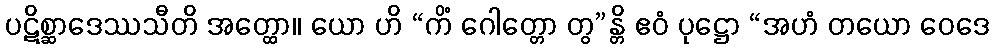
ပဋိစ္ဆာဒေဿသီတိ အတ္ထော။ ယော ဟိ “ကိံ ဂေါတ္တော တွ”န္တိ ဧဝံ ပုဋ္ဌော “အဟံ တယော ဝေဒေ